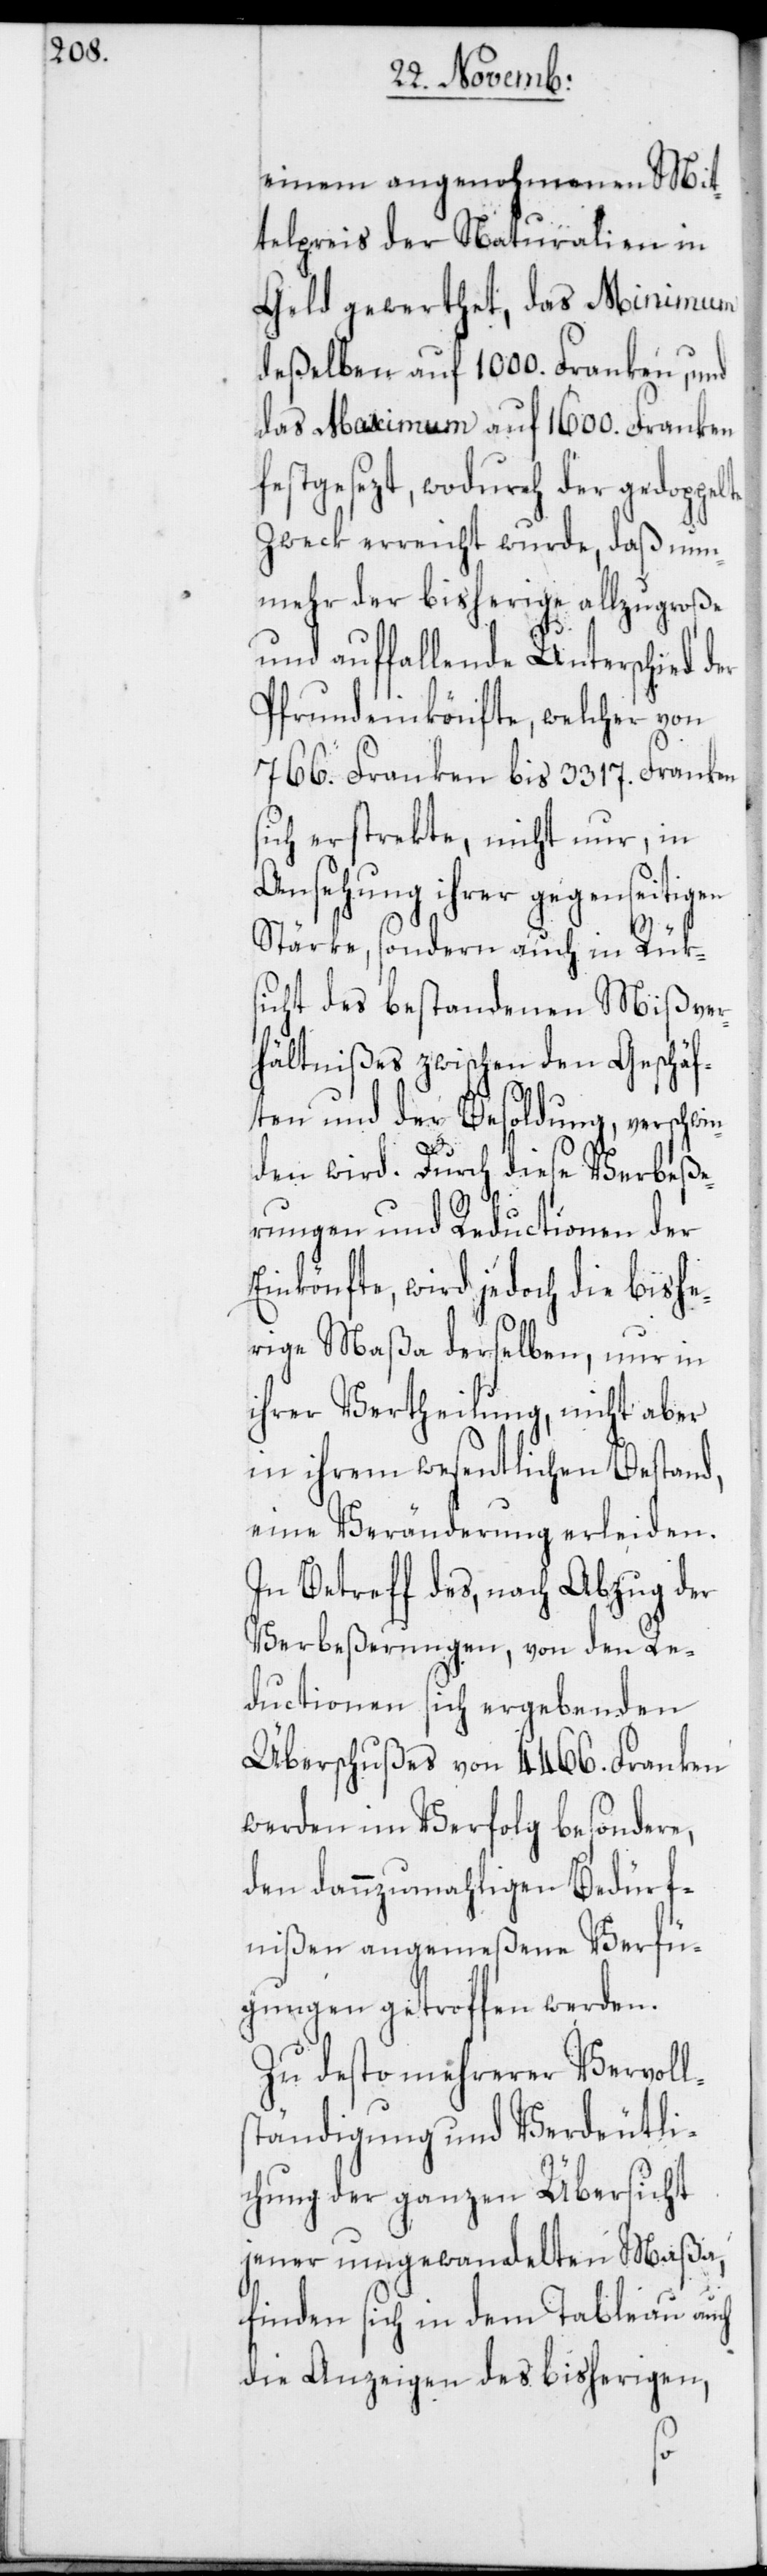
einem angenohmenen Mit¬
telpreis der Naturalien in
Geld gewerthet, das Minimum
deßelben auf 1000. Franken, und
das Maximum auf 1600. Franken
festgesezt, wodurch der gedoppelte
Zweck erreicht wurde, daß nun¬
mehr der bisherige allzugroße
und auffallende Unterschied
Pfrundeinkönfte, welcher von
766. Franken bis 3317. Franken
sich erstrekte, nicht nur, in
Ansehung ihrer gegenseitigen
Stärke, sondern auch in Rüks¬
icht des bestandenen Mißver¬
hältnißes zwischen den Geschäf¬
ten und der Besoldung, verschw¬
s¬
den wird. Durch diese Verbeße¬
rungen und Reductionen der
Einkönfte, wird jedoch die bishe¬
rige Maßa derselben, nur in
ihrer Vertheilung, nicht aber
in ihrem wesentlichen Bestand,
eine Veränderung erleiden.
In Betreff des, nach Abzug der
Verbeßerungen, von den Re¬
ductionen sich ergebenden
Überschußes von 4466. Franken,
werden im Verfolg besondere,
den dannzumahligen Bedürf¬
nißen angemeßene Verfü¬
gungen getroffen werden.
Zu desto näherer Vervoll¬
tändigung und Verdeutli¬
chung der ganzen Übersicht
jener umgewandelten Maßa,
finden sich in dem Tableau auch
die Anzeigen des bisherigen,